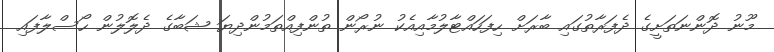
މޫނު ދޮންނަތަށީގެ ދެފަރާތުގައި ބާރަށް ހިފަހައްޓާލުމާއިއެކު ނުރޯން ތުންފިއްތަމުންދިޔަ ޝަބާގެ ދެލޮލުން ހޯސްލާފައި